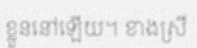
ខ្លួននៅឡើយ។ ខាងស្រី